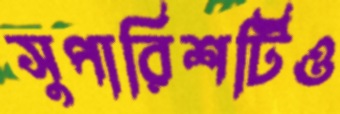
সুপারিশটিও